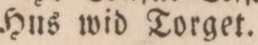
Hus wid Torget.